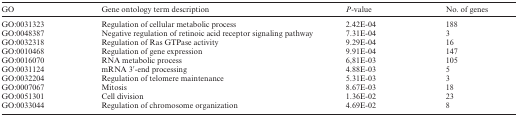
<table><thead><tr><td><b>GO</b></td><td><b>Gene ontology term description</b></td><td><b><i>P</i>-value</b></td><td><b>No. of genes</b></td></tr></thead><tbody><tr><td>GO:0031323</td><td>Regulation of cellular metabolic process</td><td>2.42E-04</td><td>188</td></tr><tr><td>GO:0048387</td><td>Negative regulation of retinoic acid receptor signaling pathway</td><td>7.31E-04</td><td>3</td></tr><tr><td>GO:0032318</td><td>Regulation of Ras GTPase activity</td><td>9.29E-04</td><td>16</td></tr><tr><td>GO:0010468</td><td>Regulation of gene expression</td><td>9.91E-04</td><td>147</td></tr><tr><td>GO:0016070</td><td>RNA metabolic process</td><td>6,81E-03</td><td>105</td></tr><tr><td>GO:0031124</td><td>mRNA 3′-end processing</td><td>4.88E-03</td><td>5</td></tr><tr><td>GO:0032204</td><td>Regulation of telomere maintenance</td><td>5.31E-03</td><td>3</td></tr><tr><td>GO:0007067</td><td>Mitosis</td><td>8.67E-03</td><td>18</td></tr><tr><td>GO:0051301</td><td>Cell division</td><td>1.36E-02</td><td>23</td></tr><tr><td>GO:0033044</td><td>Regulation of chromosome organization</td><td>4.69E-02</td><td>8</td></tr></tbody></table>